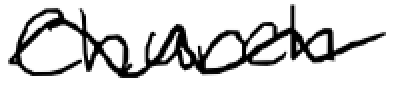
Text: Church
Cross-out: wave
Writing tool: digital_black